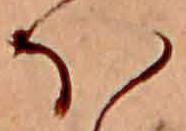
ほ